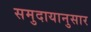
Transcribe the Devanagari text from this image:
समुदायानुसार